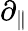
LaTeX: \partial_{\parallel}